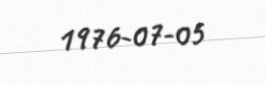
1976-07-05